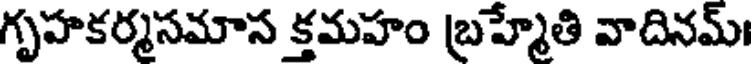
గృహకర్మసమాస క్తమహం బ్రహ్మేతి వాదినమ్।